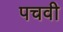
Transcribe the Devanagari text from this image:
पचवी